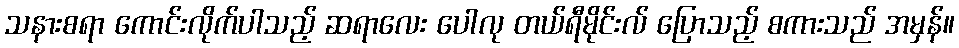
သနားစရာ ကောင်းလိုက်ပါသည့် ဆရာလေး ပေါလု တယ်ရီမိုင်းလ် ပြောသည့် စကားသည် အမှန်။